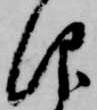
仰